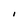
Character: l